Notes on the propagation and cultivation of the medicinal cinchonas, or Peruvian bark trees
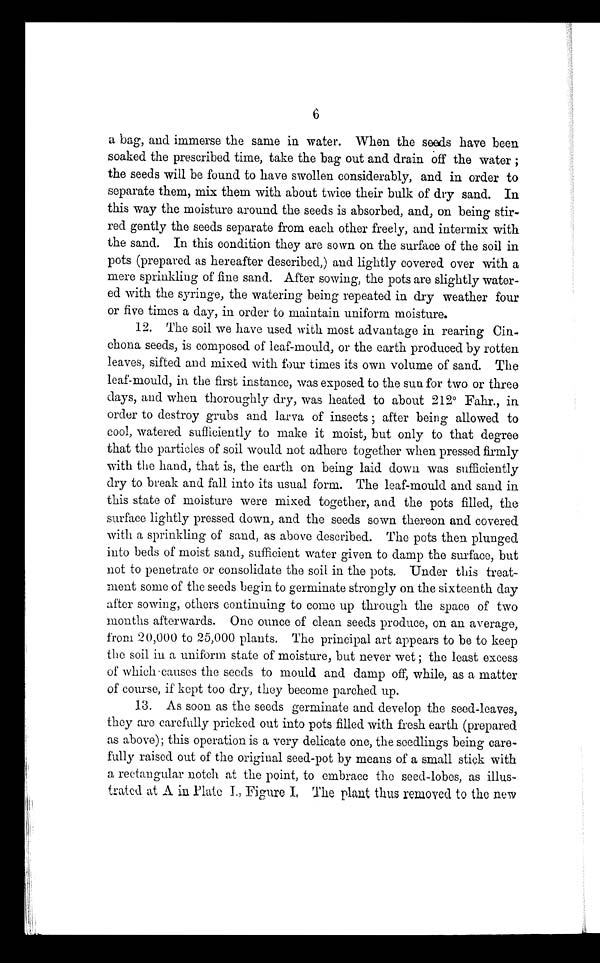
6
a bag, and immerse the same in water. When the seeds have been
soaked the prescribed time, take the bag out and drain off the water ;
the seeds will be found to have swollen considerably, and in order to
separate them, mix them with about twice their bulk of dry sand. In
this way the moisture around the seeds is absorbed, and, on being stir-
red gently the seeds separate from each other freely, and intermix with
the sand. In this condition they are sown on the surface of the soil in
pots (prepared as hereafter described,) and lightly covered over with a
mere sprinkling of fine sand. After sowing, the pots are slightly water-
ed with the syringe, the watering being repeated in dry weather four
or five times a day, in order to maintain uniform moisture.
12. The soil we have used with most advantage in rearing Cin-
chona seeds, is composed of leaf-mould, or the earth produced by rotten
leaves, sifted and mixed with four times its own volume of sand. The
leaf-mould, in the first instance, was exposed to the sun for two or three
days, and when thoroughly dry, was heated to about 212° Fahr.,
order to destroy grubs and larva of insects ; after being allowed to
cool, watered sufficiently to make it moist, but only to that degree
that the particles of soil would not adhere together when pressed firmly
with the hand, that is, the earth on being laid down was sufficiently
dry to break and fall into its usual form. The leaf-mould and sand in
this state of moisture were mixed together, and the pots filled, the
surface lightly pressed down, and the seeds sown thereon and covered
with a sprinkling of sand, as above described. The pots then plunged
into beds of moist sand, sufficient water given to damp the surface, but
not to penetrate or consolidate the soil in the pots. Under this treat-
ment some of the seeds begin to germinate strongly on the sixteenth day
after sowing, others continuing to come up through the space of two
months afterwards. One ounce of clean seeds produce, on an average,
from 20,000 to 25,000 plants. The principal art appears to be to keep
the soil in a uniform state of moisture, but never wet ; the least excess
of which causes the seeds to mould and damp off, while, as a matter
of course, if kept too dry, they become parched up.
13. As soon as the seeds germinate and develop the seed-leaves,
they are carefully pricked out into pots filled with fresh earth (prepared
as above); this operation is a very delicate one, the seedlings being care-
fully raised out of the original seed-pot by means of a small stick with
a rectangular notch at the point, to embrace the seed-lobes, as illus-
trated at A in Plate I., Figure I, The plant thus removed to the new